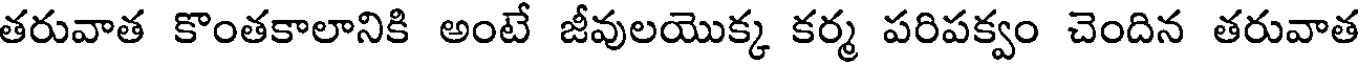
తరువాత కొంతకాలానికి అంటే జీవులయొక్క కర్మ పరిపక్వం చెందిన తరువాత